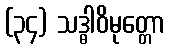
(၃၄) သဒ္ဓါဝိမုတ္တော